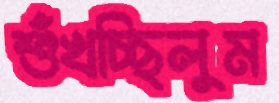
শুঁখচ্ছিলুম